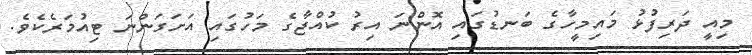
މިއީ ދަރިފުޅު މައިމީހާގެ ބަނޑުގައި އޮންނަ އިރު ކުއްޖާގެ މަހުގައި އަށަގަންނަ ޓިއުމަރެކެވެ.